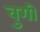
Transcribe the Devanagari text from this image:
वुगी